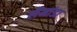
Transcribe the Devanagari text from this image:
लैमांडा